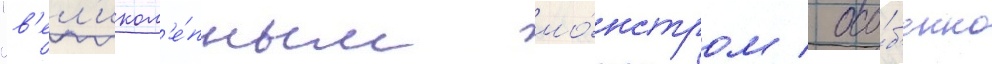
"в'ел'икол'е́пным мо́нстром / осо́б'енно